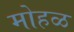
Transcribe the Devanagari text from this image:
मोहळ